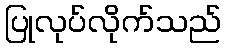
ပြုလုပ်လိုက်သည်